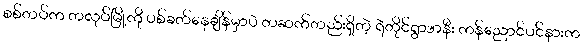
စစ်တပ်က တလုပ်မြို့ကို ပစ်ခတ်နေချိန်မှာပဲ တဆက်တည်းရှိတဲ့ ရဲတိုင်ရွာအနီး ကန်ညောင်ပင်နားက